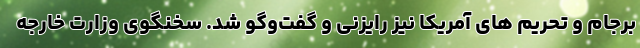
برجام و تحریم های آمریکا نیز رایزنی و گفت‌وگو شد. سخنگوی وزارت خارجه